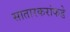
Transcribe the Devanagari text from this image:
सातारकरांकडे